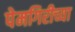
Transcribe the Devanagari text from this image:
पेमगिरीच्या